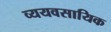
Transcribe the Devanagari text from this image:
व्ययवसायिक